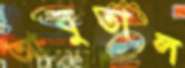
আবুতাল